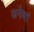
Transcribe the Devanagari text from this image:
जनेणां